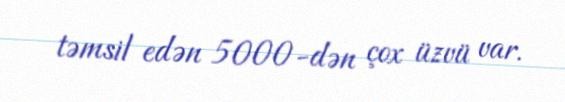
təmsil edən 5000-dən çox üzvü var.